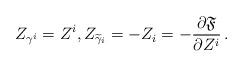
LaTeX: \begin{align*} Z_{\gamma^i}=Z^i, Z_{\widetilde{\gamma}_i}=-Z_i=-\frac{\partial \mathfrak{F}}{\partial Z^i}\,. \end{align*}